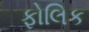
ફોલિક